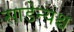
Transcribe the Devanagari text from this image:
साडेन्यश्च